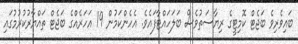
ބައިވެރިވެ ބަޖެޓް ކޮމިޓީގެ ރިޔާސަތުވެސް ބަލަހައްޓާފައެވެ. އެހެންކަމުން 19 އަހަރެއްގެ ބަޖެޓް ތައްޔާރުކުރުމުގައި